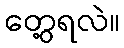
တွေ့ရလဲ။